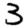
Digit: 3